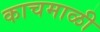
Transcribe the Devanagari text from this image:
काचमाळी